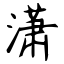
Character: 潇